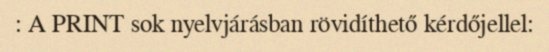
: A PRINT sok nyelvjárásban rövidíthető kérdőjellel: